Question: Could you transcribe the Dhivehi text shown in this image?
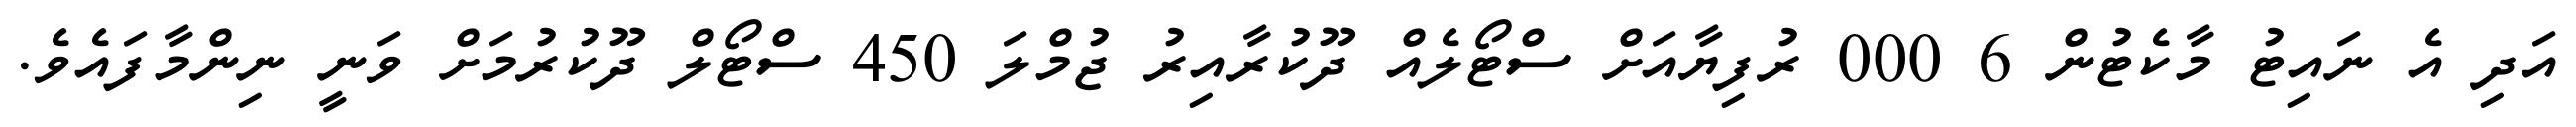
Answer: އަދި އެ ނައިޓު މާކެޓުން 6 000 ރުފިޔާއަށް ސްޓޯލެއް ދޫކުރާއިރު ޖުމްލަ 450 ސްޓޯލް ދޫކުރުމަށް ވަނީ ނިންމާފައެވެ.